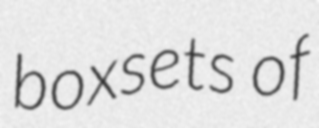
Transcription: boxsets of